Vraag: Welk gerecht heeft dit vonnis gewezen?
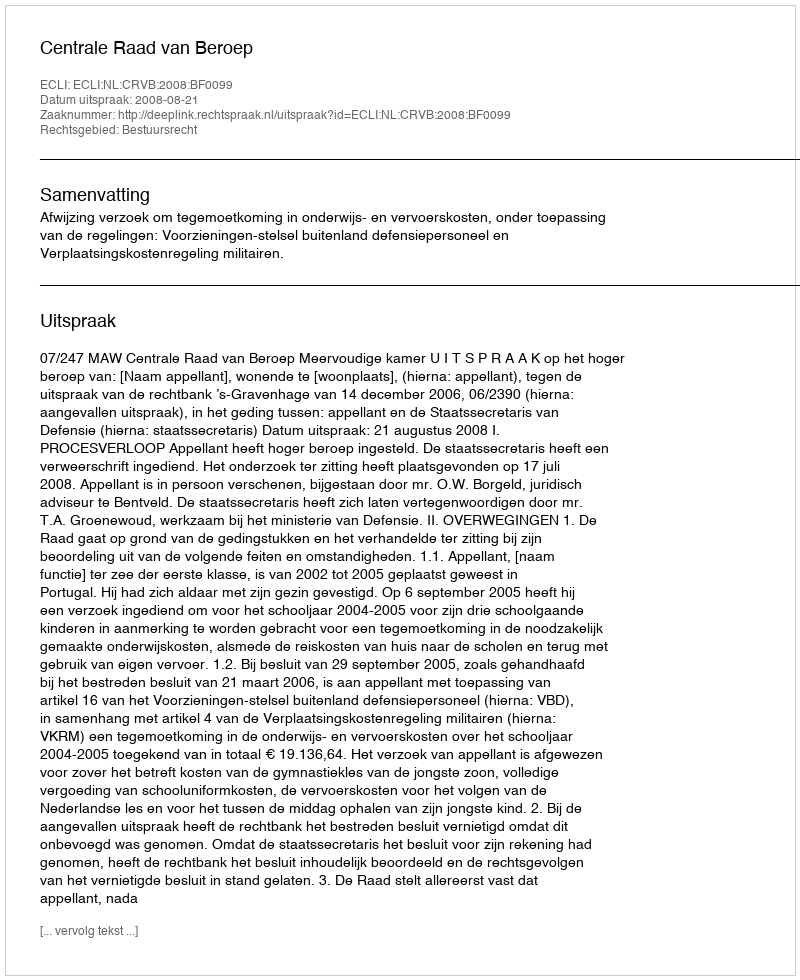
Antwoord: Centrale Raad van Beroep